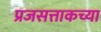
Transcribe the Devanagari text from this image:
प्रजसत्ताकच्या